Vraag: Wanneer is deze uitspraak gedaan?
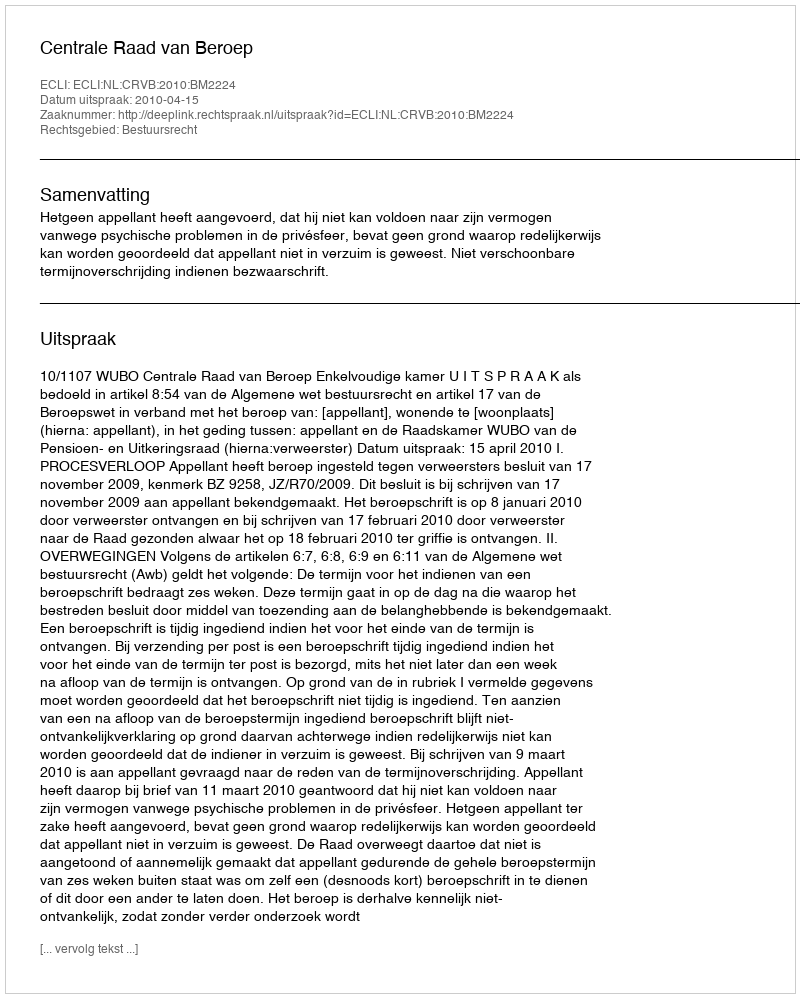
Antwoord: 2010-04-15